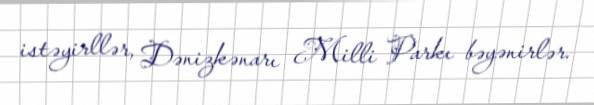
istəyirllər, Dənizkənarı Milli Parkı bəyənirlər.